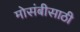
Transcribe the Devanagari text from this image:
मोसंबीसाठी